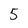
Character: 5